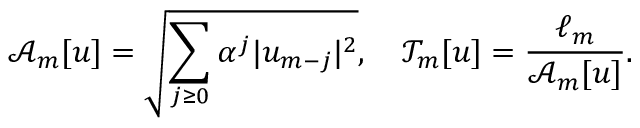
\mathcal { A } _ { m } [ u ] = \sqrt { \sum _ { j \ge 0 } { \alpha ^ { j } | u _ { m - j } | ^ { 2 } } } , \quad \mathcal { T } _ { m } [ u ] = \frac { \ell _ { m } } { \mathcal { A } _ { m } [ u ] } .